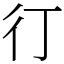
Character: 㣔